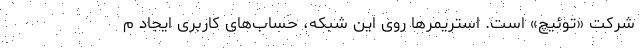
شرکت «توئیچ» است. استریمرها روی این شبکه، حساب‌های کاربری ایجاد م